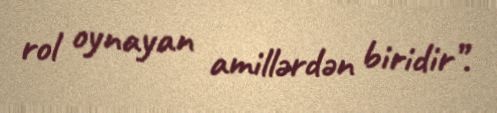
rol oynayan amillərdən biridir”.